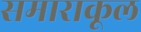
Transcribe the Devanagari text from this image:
समाराकूल